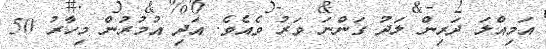
އަމިއްލަ ދަރިން ލަދު ގަންނަ ވަރު ވެއެވެ. އަދި އުމުރުން މިހާރު 50